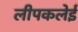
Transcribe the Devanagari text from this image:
लीपकलेई